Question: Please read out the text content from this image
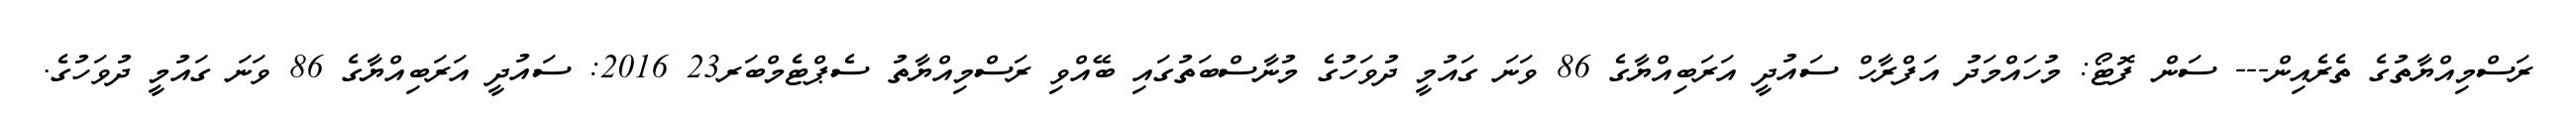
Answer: ރަސްމިއްޔާތުގެ ތެރެއިން--- ސަން ފޮޓޯ: މުހައްމަދު އަފްރާހް ސައުދީ އަރަބިއްޔާގެ 86 ވަނަ ގައުމީ ދުވަހުގެ މުނާސްބަތުގައި ބޭއްވި ރަސްމިއްޔާތު ސެޕްޓެމްބަރ23 2016: ސައުދީ އަރަބިއްޔާގެ 86 ވަނަ ގައުމީ ދުވަހުގެ.